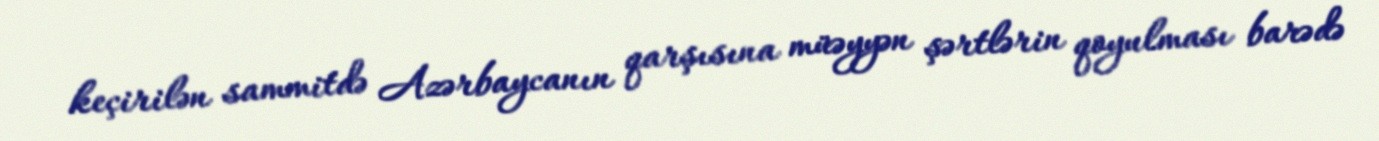
keçirilən sammitdə Azərbaycanın qarşısına müəyyən şərtlərin qoyulması barədə